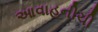
આવાહનીચી